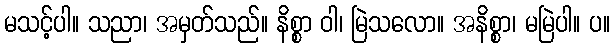
မသင့်ပါ။ သညာ၊ အမှတ်သည်။ နိစ္စာ ဝါ၊ မြဲသလော။ အနိစ္စာ၊ မမြဲပါ။ ပ။